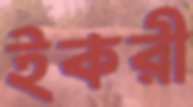
ইকরী